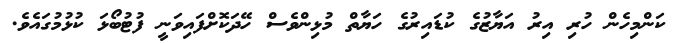
ކަންމިހެން ހުރި އިރު އަޔާޒުގެ ކުޑައިރުގެ ހަޔާތް މުޅިންވެސް ހޭދަކޮށްފައިވަނީ ފުޓުބޯޅަ ކުޅުމުގައެވެ.